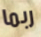
ربما